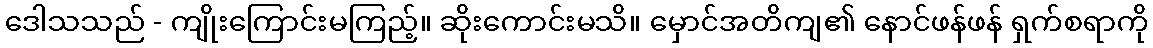
ဒေါသသည် - ကျိုးကြောင်းမကြည့်။ ဆိုးကောင်းမသိ။ မှောင်အတိကျ၏ နောင်ဖန်ဖန် ရှက်စရာကို